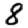
Digit: 8